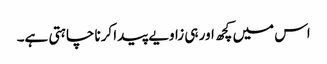
اس میں کچھ اور ہی زاویے پیدا کرنا چاہتی ہے۔